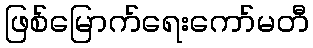
ဖြစ်မြောက်ရေးကော်မတီ